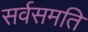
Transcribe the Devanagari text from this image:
सर्वसमति